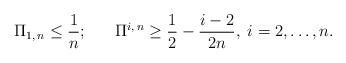
LaTeX: \begin{align*} \Pi_{1,\,n} \leq \frac{1}{n}; \;\;\;\;\;\; \Pi^{i,\,n} \geq \frac{1}{2} - \frac{i-2}{2n}, \; i = 2, \dots, n.\end{align*}